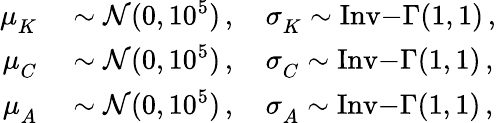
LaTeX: \begin{array}{rl}{\mu_{K}^{}}&{{}\sim\mathcal{N}(0,10^{5})\, ,\quad\sigma_{K}^{}\sim\mathrm{Inv{-}\Gamma}(1,1)\, ,}\\ {\mu_{C}^{}}&{{}\sim\mathcal{N}(0,10^{5})\, ,\quad\sigma_{C}^{}\sim\mathrm{Inv{-}\Gamma}(1,1)\, ,}\\ {\mu_{A}^{}}&{{}\sim\mathcal{N}(0,10^{5})\, ,\quad\sigma_{A}^{}\sim\mathrm{Inv{-}\Gamma}(1,1)\, ,}\end{array}